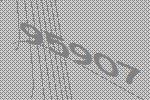
95907